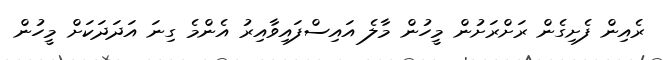
ރެއިން ފެށިގެން ރަށްރަށުން މީހުން މާލެ އައިސްފައިވާއިރު އެންމެ ގިނަ އަދަދަކަށް މީހުން